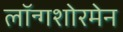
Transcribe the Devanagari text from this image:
लॉन्गशोरमेन